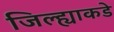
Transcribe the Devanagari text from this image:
जिल्ह्याकडे